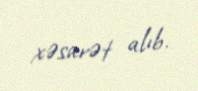
xəsarət alıb.